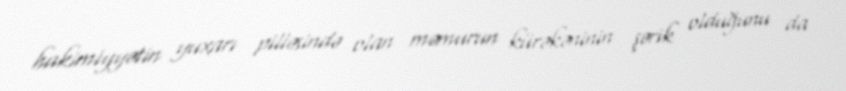
hakimiyyətin yuxarı pilləsində olan məmurun kürəkəninin şərik olduğunu da